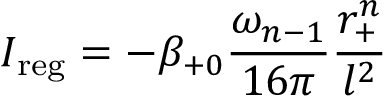
I _ { \mathrm { r e g } } = - \beta _ { + 0 } \frac { \omega _ { n - 1 } } { 1 6 \pi } \frac { r _ { + } ^ { n } } { l ^ { 2 } }